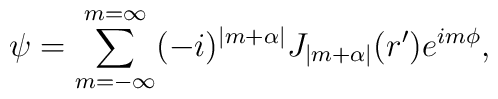
\psi = \sum_{m= -\infty}^{m= \infty} (-i)^{ |m+ \alpha|} J_{|m+ \alpha|} (r')  e^{i m \phi},